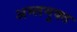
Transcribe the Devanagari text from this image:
अम्लमुक्त